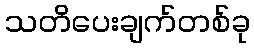
သတိပေးချက်တစ်ခု